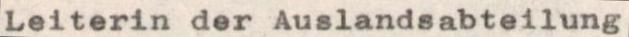
Leiterin der Auslandsabteilung